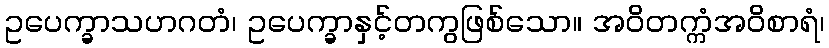
ဥပေက္ခာသဟဂတံ၊ ဥပေက္ခာနှင့်တကွဖြစ်သော။ အဝိတက္ကံအဝိစာရံ၊